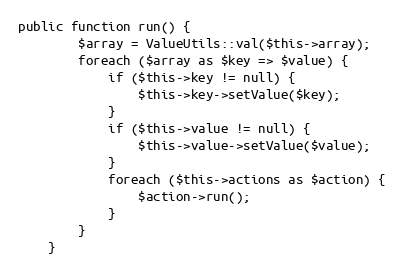
Language: PHP
public function run() {
		$array = ValueUtils::val($this->array);
		foreach ($array as $key => $value) {
			if ($this->key != null) {
				$this->key->setValue($key);
			}
			if ($this->value != null) {
				$this->value->setValue($value);
			}
			foreach ($this->actions as $action) {
				$action->run();
			}
		}
	}